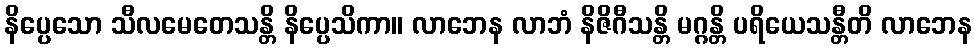
နိပ္ပေသော သီလမေတေသန္တိ နိပ္ပေသိကာ။ လာဘေန လာဘံ နိဇိဂီသန္တိ မဂ္ဂန္တိ ပရိယေသန္တီတိ လာဘေန